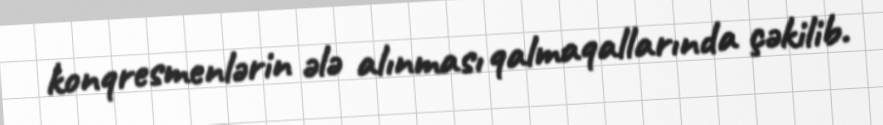
konqresmenlərin ələ alınması qalmaqallarında çəkilib.